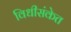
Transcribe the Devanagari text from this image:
विधीसंकेत